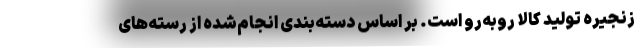
زنجیره تولید کالا روبه‌رو است. بر اساس دسته‌بندی انجام‌شده از رسته‌های